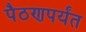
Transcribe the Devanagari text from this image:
पैठणपर्यंत